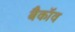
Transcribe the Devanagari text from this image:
बैकॉव